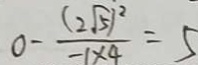
0 - \frac { ( 2 \sqrt { 5 } ) ^ { 2 } } { - 1 \times 4 } = 5